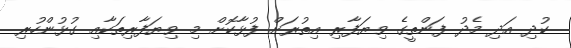
ކުދި އަދި މެދު ފަންތީގެ ވިޔަފާރި އިތުރަށް ފުޅާކޮށް މި ވިޔަފާރިތަކާއި ގުޅުންހުރި